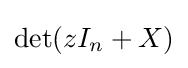
\det(zI_{n}+X)